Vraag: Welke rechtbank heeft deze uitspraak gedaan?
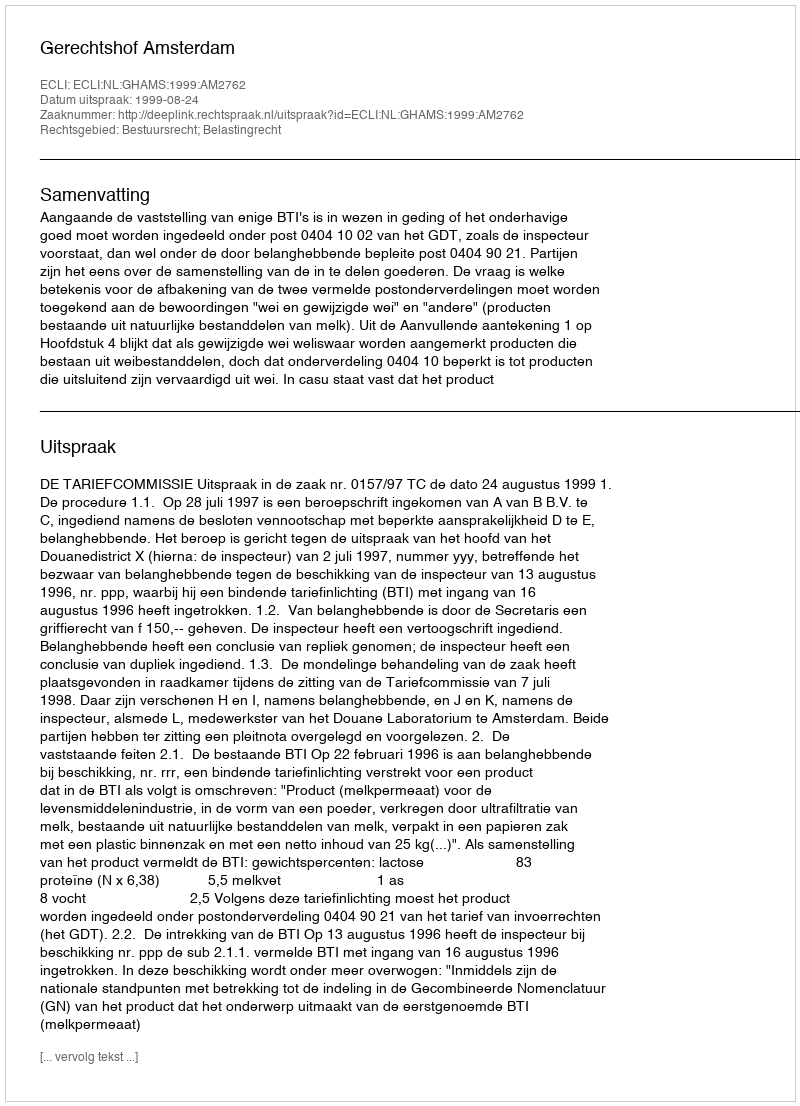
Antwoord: Gerechtshof Amsterdam